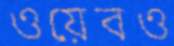
ওয়েবও